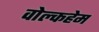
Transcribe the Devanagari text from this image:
वोल्कहेम